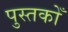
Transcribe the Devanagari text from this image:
पुस्तकोँ